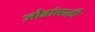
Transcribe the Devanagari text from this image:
जोडांसाठी